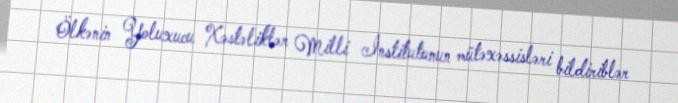
Ölkənin Yoluxucu Xəstəliklər Milli İnstitutunun mütəxəssisləri bildiriblər